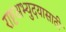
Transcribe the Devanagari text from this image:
राष्टअभ्युदयासाठी